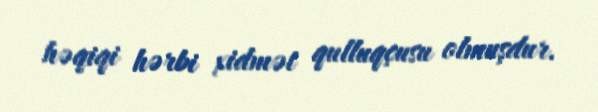
həqiqi hərbi xidmət qulluqçusu olmuşdur.